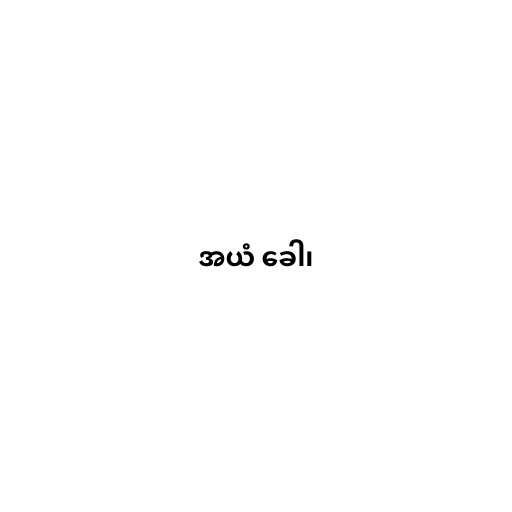
အယံ ခေါ၊